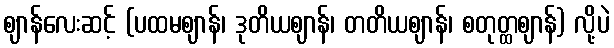
ဈာန်လေးဆင့် (ပထမဈာန်၊ ဒုတိယဈာန်၊ တတိယဈာန်၊ စတုတ္ထဈာန်) လို့ပဲ